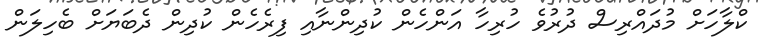
ކްލާހަށް މުދައްރިސް ދުރުވެ ހުރިހާ އަންހެން ކުދިންނާއި ފިރެހެން ކުދިން ދެބަޔަށް ބެހިލަން